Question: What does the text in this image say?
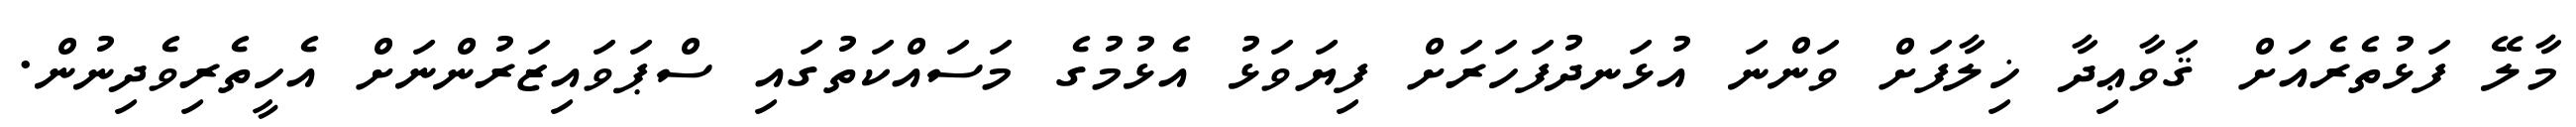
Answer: މާލޭ ފަޅުތެރެއަށް ޤަވާޢިދާ ޚިލާފަށް ވަންނަ އުޅަނދުފަހަރަށް ފިޔަވަޅު އެޅުމުގެ މަސައްކަތުގައި ސްޕަވައިޒަރުންނަށް އެހީތެރިވެދިނުން.